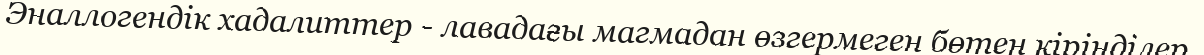
Эналлогендік хадалиттер - лавадағы магмадан өзгермеген бөтен кірінділер.